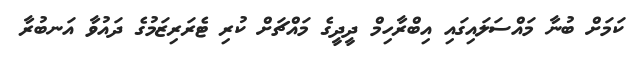
ކަމަށް ބުނާ މައްސަލައިގައި އިބްރާހިމް ދީދީގެ މައްޗަށް ކުރި ޓެރަރިޒަމުގެ ދައުވާ އަނބުރާ